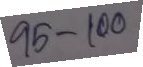
95 - 100